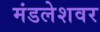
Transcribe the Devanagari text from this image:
मंडलेशवर